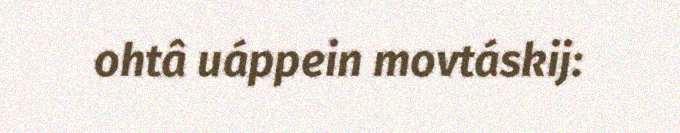
ohtâ uáppein movtáskij: